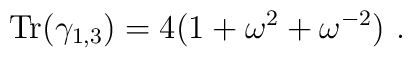
{\mbox{Tr}}(\gamma_{1,3})=4(1+\omega^2+\omega^{-2})~.